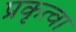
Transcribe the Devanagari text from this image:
प्रकृत्वा